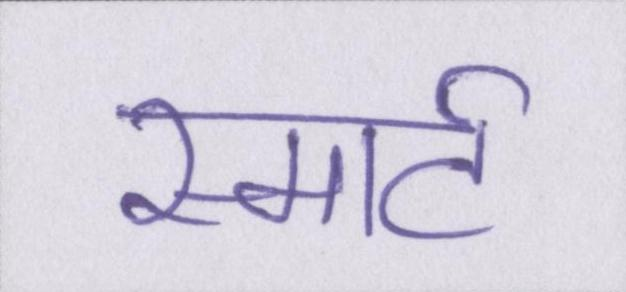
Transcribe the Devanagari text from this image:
स्मार्ट